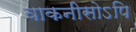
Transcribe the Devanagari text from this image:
वाकनीसोऽपि